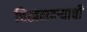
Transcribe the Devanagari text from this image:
चिखलदर्‍याची